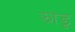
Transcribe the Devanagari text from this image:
झाडू़